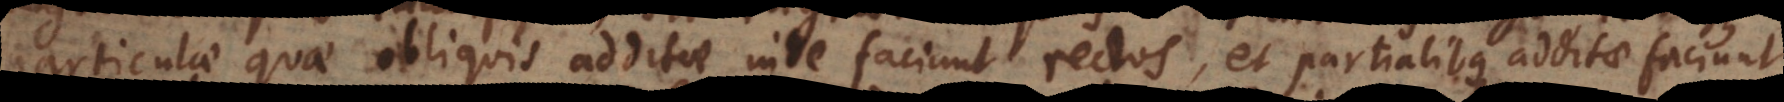
particulae quae obliquis additae inde faciunt rectos, et partialibus additae faciunt